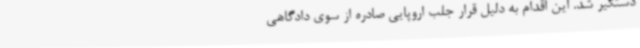
دستگیر شد. این اقدام به دلیل قرار جلب اروپایی صادره از سوی دادگاهی